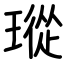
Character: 瑽